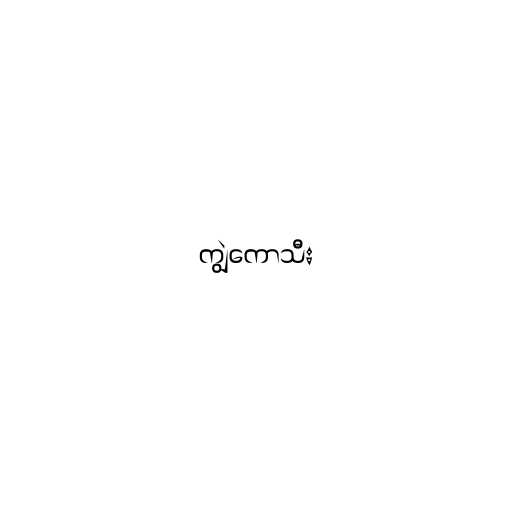
ကျွဲကောသီး